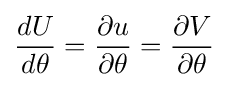
{\frac {dU}{d\theta }}={\frac {\partial u}{\partial \theta }}={\frac {\partial V}{\partial \theta }}